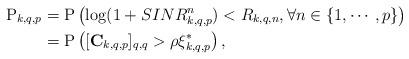
LaTeX: \begin{align*}\mathrm{P}_{k,q,p} &= \mathrm{P}\left( \log(1+SINR_{k,q,p}^n)<R_{k,q,n}, \forall n\in \{1, \cdots, p\} \right)\\ &= \mathrm{P}\left([ \mathbf{C}_{k,q,p}]_{q,q}>\rho \xi^*_{k,q,p}\right),\end{align*}